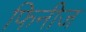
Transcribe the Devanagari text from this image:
फिनीज